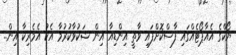
ޔޯކްގެ އެއާޕޯޓެއްގައި ފާސްކޮށްފައި ވާތީ އިންޑިއާ އިން ޝަކުވާކުރުމާ އެކު އެމެރިކާ އިން..